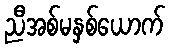
ညီအစ်မနှစ်ယောက်